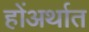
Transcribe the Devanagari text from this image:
होंअर्थात